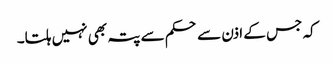
کہ جس کے اذن سے حکم سے پتہ بھی نہیں ہلتا۔